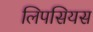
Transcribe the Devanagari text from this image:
लिपसियस